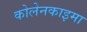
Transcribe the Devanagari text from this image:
कोलेनकाइमा